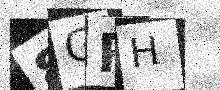
Text: 8GRH